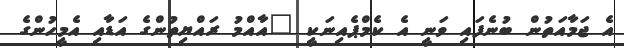
އެ ޖަމާއަތުން ބުނެފައި ވަނީ އެ ކެމްޕެއިނަކީ "އާއްމު ރައްޔިތުންގެ އަޑާއި އެމީހުންގެ